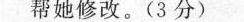
帮她修改。(3分)